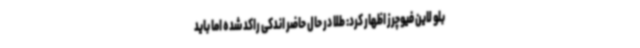
بلو لاین فیوچرز اظهار کرد: طلا در حال حاضر اندکی راکد شده اما باید